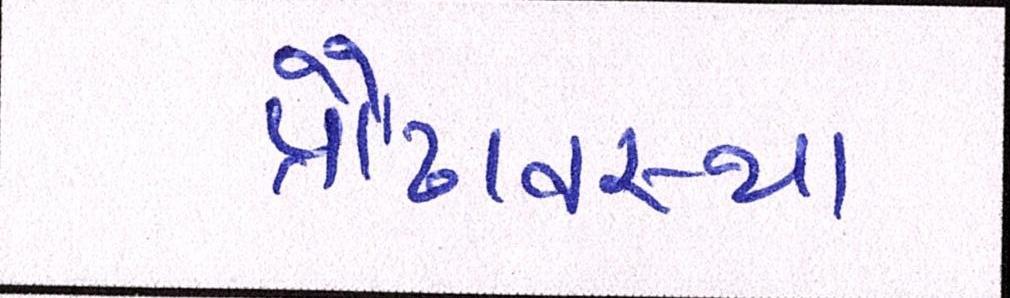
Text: પ્રૌઢાવસ્થા